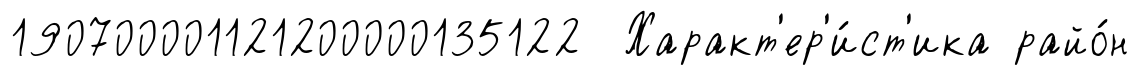
190700001121200000135122 Характ'ер'и́ст'ика райо́н